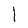
Character: 1